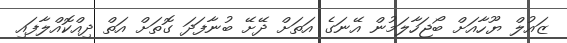
ޒައުލް ޔޫހާއަށް ބޯޖަހާލަމުން އޭނަގެ އަތަށް ދޭށޭ ބުނާފަދަ ގޮތަށް އަތް ދިއްކޮއްލާފައި